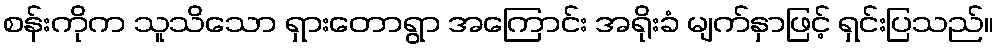
စန်းကိုက သူသိသော ရှားတောရွာ အကြောင်း အရိုးခံ မျက်နှာဖြင့် ရှင်းပြသည်။